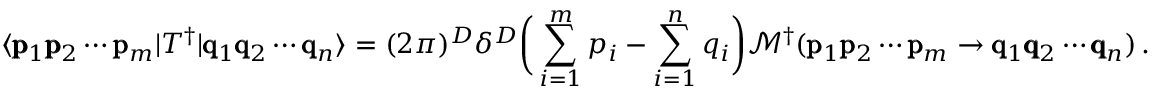
\langle \pmb { \mathrm { p } } _ { 1 } \pmb { \mathrm { p } } _ { 2 } \cdots \pmb { \mathrm { p } } _ { m } | T ^ { \dagger } | \pmb { \mathrm { q } } _ { 1 } \pmb { \mathrm { q } } _ { 2 } \cdots \pmb { \mathrm { q } } _ { n } \rangle = ( 2 \pi ) ^ { D } \delta ^ { D } \bigg ( \sum _ { i = 1 } ^ { m } p _ { i } - \sum _ { i = 1 } ^ { n } q _ { i } \bigg ) \mathcal { M } ^ { \dagger } ( \pmb { \mathrm { p } } _ { 1 } \pmb { \mathrm { p } } _ { 2 } \cdots \pmb { \mathrm { p } } _ { m } \rightarrow \pmb { \mathrm { q } } _ { 1 } \pmb { \mathrm { q } } _ { 2 } \cdots \pmb { \mathrm { q } } _ { n } ) \, .